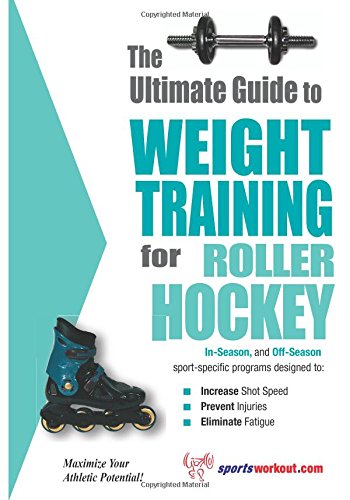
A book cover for The Ultimate Guide to Weight Training for Roller Hockey (The Ultimate Guide to Weight Training for Sports, 19); Rob Price; Sports & Outdoors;